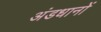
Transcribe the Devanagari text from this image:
अंडधानों